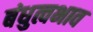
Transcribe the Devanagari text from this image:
बंधुत्वभाव